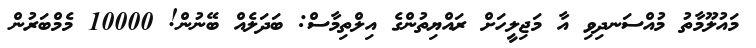
މައުލޫމާތު މުއްސަނދިވި އާ މަޖިލީހަށް ރައްޔިތުންގެ އިލްތިމާސް: ބަދަލެއް ބޭނުން! 10000 މެމްބަރުން